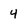
Character: 4